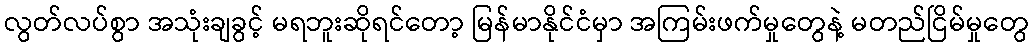
လွတ်လပ်စွာ အသုံးချခွင့် မရဘူးဆိုရင်တော့ မြန်မာနိုင်ငံမှာ အကြမ်းဖက်မှုတွေနဲ့ မတည်ငြိမ်မှုတွေ